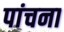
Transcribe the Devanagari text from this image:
पांचना